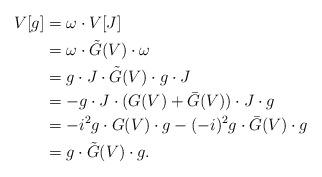
LaTeX: \begin{align*} V[g] &=\omega \cdot V[J]\\ &=\omega \cdot \tilde{G}(V)\cdot \omega\\ &= g \cdot J \cdot \tilde{G}(V)\cdot g \cdot J\\ &= - g \cdot J \cdot (G(V) + \bar{G}(V)) \cdot J \cdot g\\ &= - i^2 g \cdot G(V) \cdot g - ( -i)^2 g \cdot \bar{G}(V) \cdot g\\ &= g \cdot \tilde{G}(V) \cdot g.\end{align*}